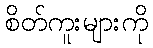
စိတ်ကူးများကို